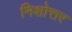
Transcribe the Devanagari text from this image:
निशोत्तर